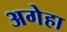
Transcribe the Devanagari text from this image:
अगेहा